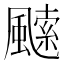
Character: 𩘝